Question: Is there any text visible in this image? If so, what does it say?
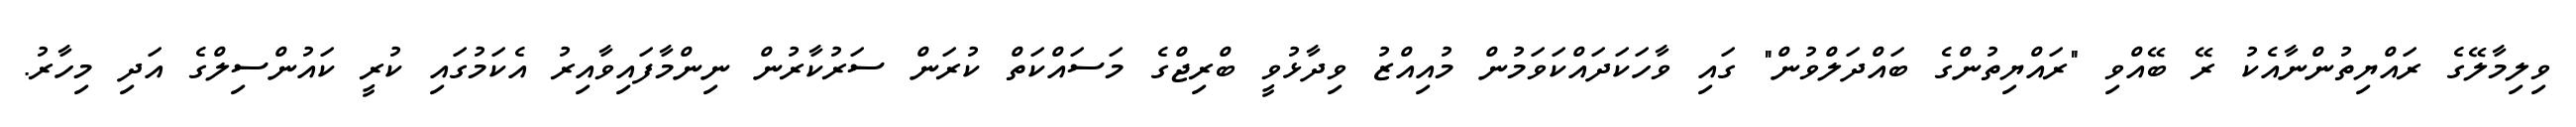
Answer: ވިލިމާލޭގެ ރައްޔިތުންނާއެކު ރޭ ބޭއްވި "ރައްޔިތުންގެ ބައްދަލްވުން" ގައި ވާހަކަދައްކަވަމުން މުއިއްޒު ވިދާޅުވީ ބްރިޖްގެ މަސައްކަތް ކުރަން ސަރުކާރުން ނިންމާފައިވާއިރު އެކަމުގައި ކުރީ ކައުންސިލްގެ އަދި މިހާރު.